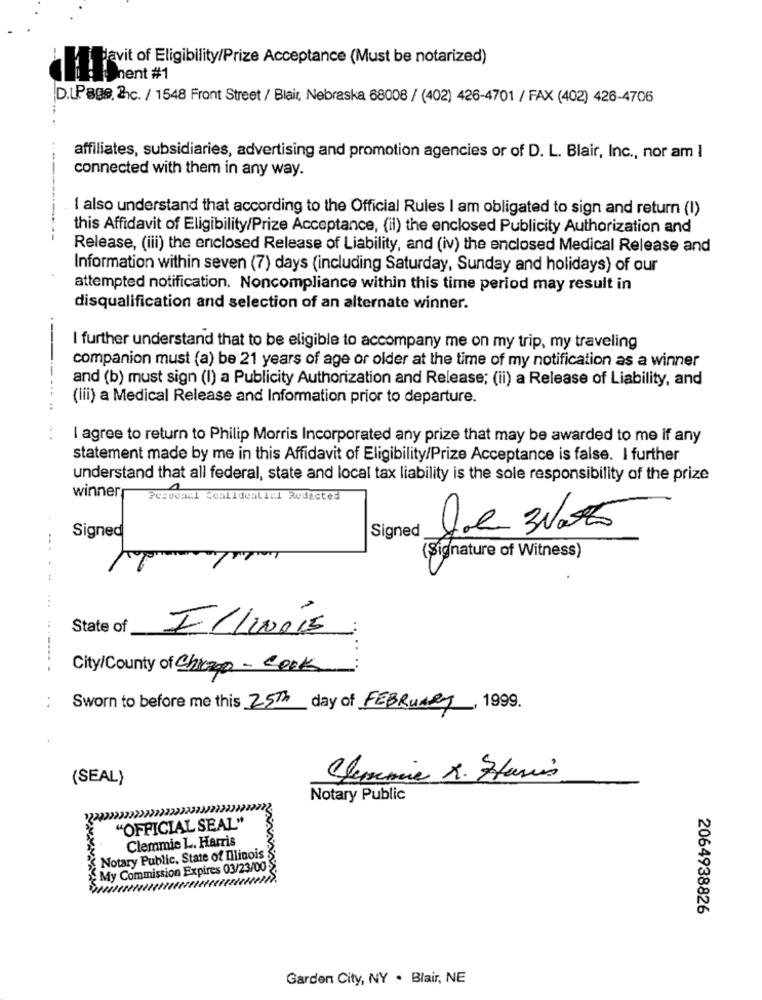
Bavit of Eligibility/Prize Acceptance (Must be notarized)
hent #1
D.LPage, 21c. / 1548 Front Street / Blair, Nebraska 68008 / (402) 426-4701 / FAX (402) 426-4706
affiliates, subsidiaries, advertising and promotion agencies or of D. L. Blair, Inc ., nor am I
connected with them in any way.
I also understand that according to the Official Rules I am obligated to sign and return (I)
this Affidavit of Eligibility/Prize Acceptance, (il) the enclosed Publicity Authorization and
Release, (iii) the enclosed Release of Liability, and (iv) the enclosed Medical Release and
Information within seven (7) days (including Saturday, Sunday and holidays) of our
attempted notification. Noncompliance within this time period may result in
disqualification and selection of an alternate winner.
I further understand that to be eligible to accompany me on my trip, my traveling
companion must (a) be 21 years of age or older at the time of my notification as a winner
and (b) must sign (I) a Publicity Authorization and Release; (ii) a Release of Liability, and
(Iii) a Medical Release and Information prior to departure.
... ..
. .
I agree to return to Philip Morris Incorporated any prize that may be awarded to me if any
statement made by me in this Affidavit of Eligibility/Prize Acceptance is false. I further
understand that all federal, state and local tax liability is the sole responsibility of the prize
winner
1
Pervonul Coalidealinl Redacted
Signed
Signed
(Signature of Witness)
....-
State of
ILINOis
City/County of Cheap- Cook
Sworn to before me this 25th day of FEBRUARY, 1999.
(SEAL)
Clemmie R. Hanis
Notary Public
"OFFICIAL SEAL"
Clemmie L. Harris
Notary Public, State of Illinois
My Commission Expires 03/23/00
2064938826
Garden City, NY . Blair, NE